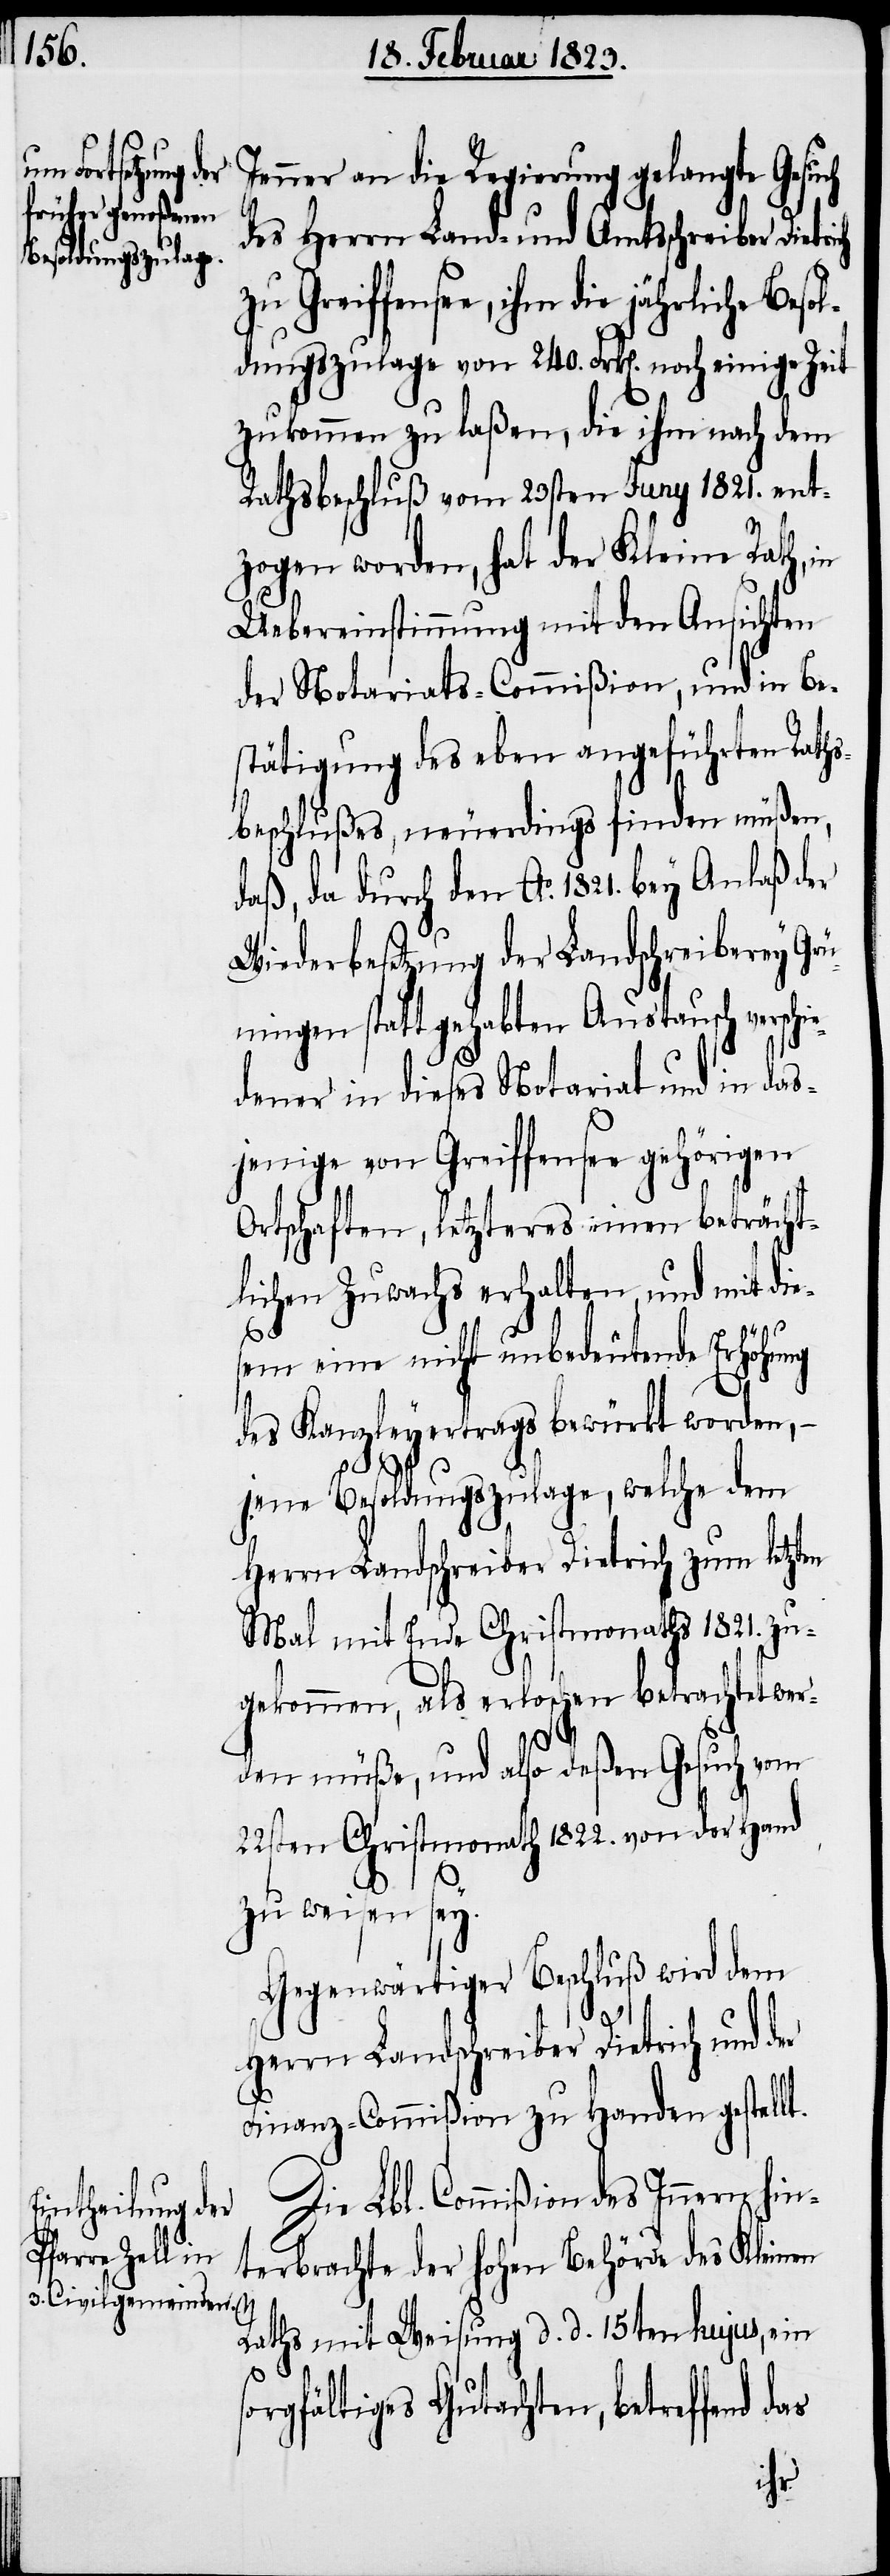
Jenner an die Regierung gelangte Gesuch
des Herrn Land- und Amtsschreiber Dietrich
Greiffensee, ihm die jährliche Beso¬
ldungszulage von 240. Frk[en]. noch einige Zeit
zukommen zu laßen, die ihm nach dem
Rathsbeschluß vom 23sten Juny 1821. ent¬
zogen worden, hat der Kleine Rath, in
Uebereinstimmung mit den Ansichten
der Notariats-Commißion, und in Be¬
stätigung des eben angeführten Raths¬
beschlußes, neuerdings finden müßen,
daß, da durch den Ao. 1821. bey Anlaß der
Wiederbesetzung der Landschreiberey Grü¬
ningen statt gehabten Austausch verschie¬
dener in dieses Notariat und in das¬
jenige von Greiffensee gehörigen
Ortschaften, letzteres einen beträcht¬
lichen Zuwachs erhalten, und mit die¬
t.
sem eine nicht unbedeutende Erhöhung
des Kanzleyertrags bewürkt worden,
jene Besoldungszulage, welche dem
Herrn Landschreiber Dietrich zum letzten
Mal mit Ende Christmonaths 1821. zu¬
gekommen, als erloschen betrachtet wer¬
den müße, und also deßen Gesuch vom
22sten Christmonath 1822. von der Hand
zu weisen sey.
Gegenwärtiger Beschluß wird dem
Herrn Landschreiber Dietrich und d¬
Finanz-Commißion zu Handen gestell¬
Die Lbl. Commißion des Innern hin¬
terbrachte der hohen Behörde des Kleinen
Raths mit Weisung d. d. 15ten hujus, ein
sorgfältiges Gutachten, betreffend
das